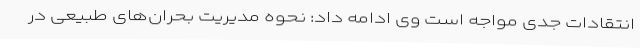
انتقادات جدی مواجه است وی ادامه داد: نحوه مدیریت بحران‌های طبیعی در